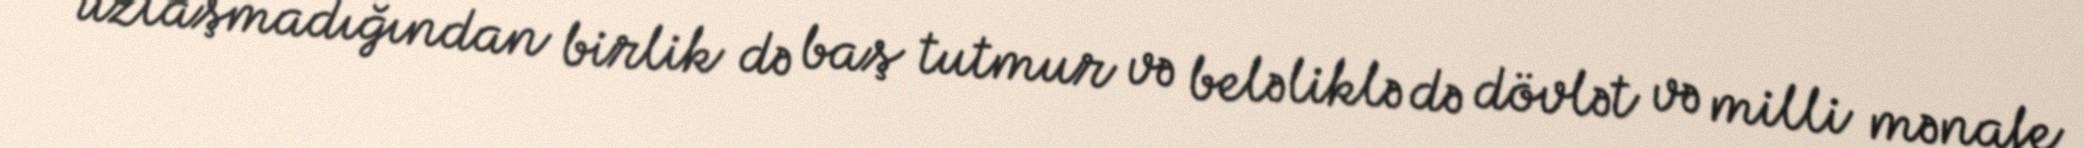
uzlaşmadığından birlik də baş tutmur və beləliklə də dövlət və milli mənafe